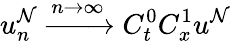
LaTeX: u_{n}^{\mathcal{N}}\xrightarrow{{n\rightarrow\infty}}{{C_{t}^{0}C_{x}^{1}}}u^{\mathcal{N}}